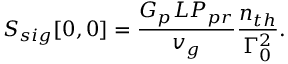
S _ { s i g } [ 0 , 0 ] = \frac { G _ { p } L P _ { p r } } { v _ { g } } \frac { n _ { t h } } { \Gamma _ { 0 } ^ { 2 } } .